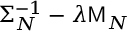
\Sigma _ { N } ^ { - 1 } - \lambda \mathsf { M } _ { N }